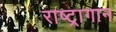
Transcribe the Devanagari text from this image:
राष्ट्रागान